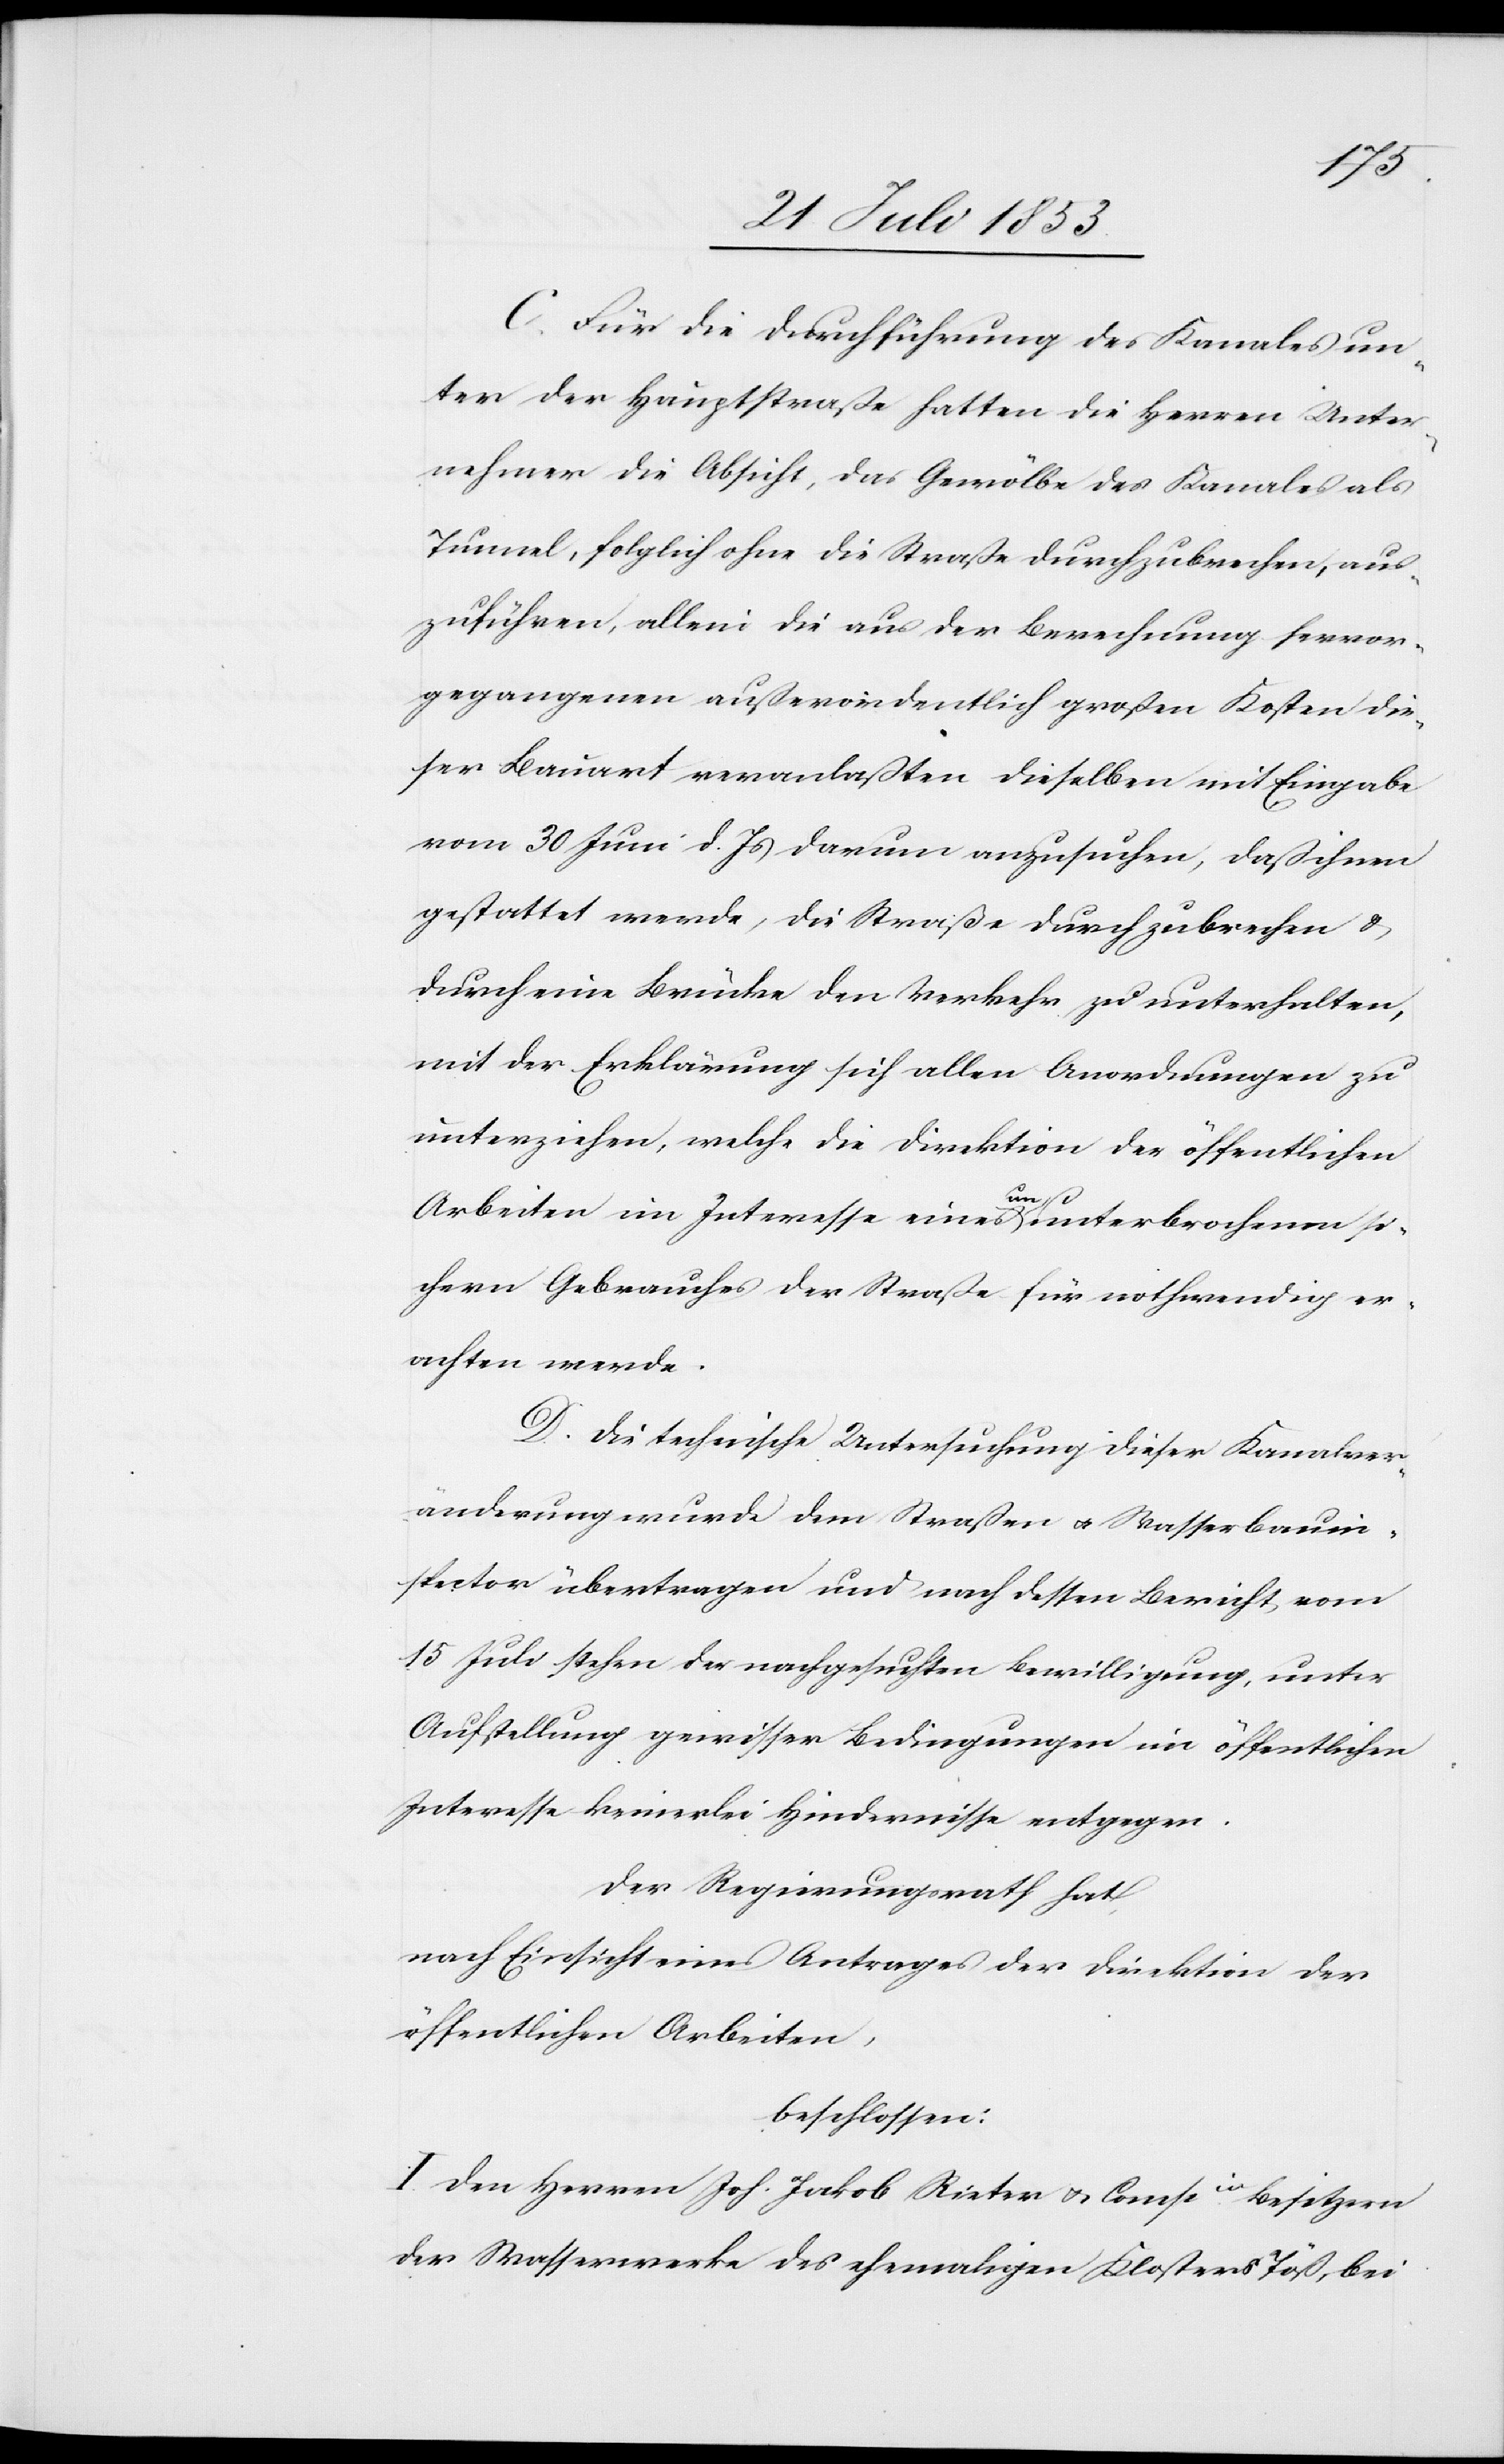
C. Für die Durchführung des Kanales un¬
ter der Hauptstraße hatten die Herren Unter¬
nehmer die Absicht, das Gewölbe des Kanales als
Tunnel, folglich ohne die Straße durchzubrechen, aus¬
zuführen, allein die aus der Berechnung hervor¬
gegangenen außerordentlich großen Kosten die¬
ser Bauart veranlaßten dieselben mit Eingabe
vom 30 Juni d. Js. darum anzusuchen, daß ihnen
gestattet werde, die Straße durchzubrechen u.
durch eine Brücke den Verkehr zu unterhalten,
mit der Erklärung sich allen Anordnungen zu
unterziehen, welche die Direktion der öffentlichen
Arbeiten im Interesse eines ununterbrochenen si¬
chern Gebrauches der Straße für nothwendig er¬
achten werde.
D. Die technische Untersuchung dieser Kanalver¬
änderung wurde dem Straßen u. Wasserbauin¬
spector übertragen und nach dessen Bericht, vom
15 Juli stehen der nachgesuchten Bewilligung, unter
Aufstellung gewisser Bedingungen im öffentlichen
Interesse keinerlei Hindernisse entgegen.
Der Regierungsrath hat,
nach Einsicht eines Antrages der Direktion der
öffentlichen Arbeiten,
beschlossen:
I. Den Herren Joh. Jakob Rieter u. Compie Besitzern
der Wasserwerke des ehemaligen Klosters Töß, bei